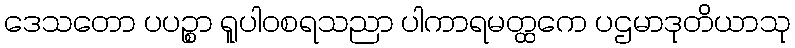
ဒေသတော ပပဉ္စာ ရူပါဝစရသညာ ပါကာရမတ္ထကေ ပဌမာဒုတိယာသု